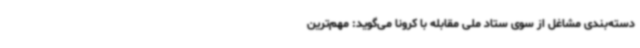
دسته‌بندی مشاغل از سوی ستاد ملی مقابله با کرونا می‌گوید: مهم‌ترین